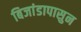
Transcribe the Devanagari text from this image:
बिजांडापासुन